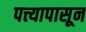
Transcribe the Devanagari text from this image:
पत्त्यापासून